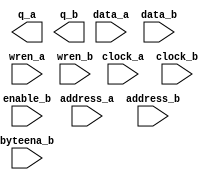
module sextium_ram (
	address_a,
	address_b,
	byteena_b,
	clock_a,
	clock_b,
	data_a,
	data_b,
	enable_b,
	wren_a,
	wren_b,
	q_a,
	q_b);

	input	[15:0]  address_a;
	input	[15:0]  address_b;
	input	[1:0]  byteena_b;
	input	  clock_a;
	input	  clock_b;
	input	[15:0]  data_a;
	input	[15:0]  data_b;
	input	  enable_b;
	input	  wren_a;
	input	  wren_b;
	output	[15:0]  q_a;
	output	[15:0]  q_b;
`ifndef ALTERA_RESERVED_QIS
// synopsys translate_off
`endif
	tri1	[1:0]  byteena_b;
	tri1	  clock_a;
	tri1	  enable_b;
	tri0	  wren_a;
	tri0	  wren_b;
`ifndef ALTERA_RESERVED_QIS
// synopsys translate_on
`endif

endmodule